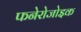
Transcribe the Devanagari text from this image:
फनेरोजोइक